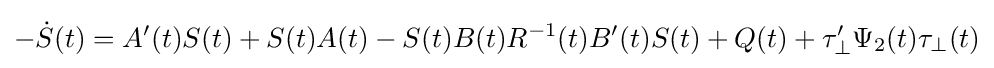
-{\dot {S}}(t)=A'(t)S(t)+S(t)A(t)-S(t)B(t)R^{-1}(t)B'(t)S(t)+Q(t)+\tau '_{\perp }\Psi _{2}(t)\tau _{\perp }(t)